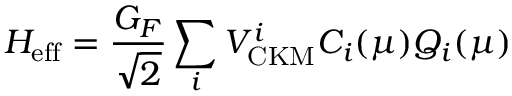
{ \cal H } _ { \mathrm { e f f } } = \frac { G _ { F } } { \sqrt { 2 } } \sum _ { i } V _ { \mathrm { C K M } } ^ { i } C _ { i } ( \mu ) Q _ { i } ( \mu )